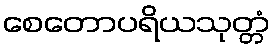
စေတောပရိယသုတ္တံ